Annual statistical returns and brief notes on vaccination in Bengal - 1887-1898
Year: 1887
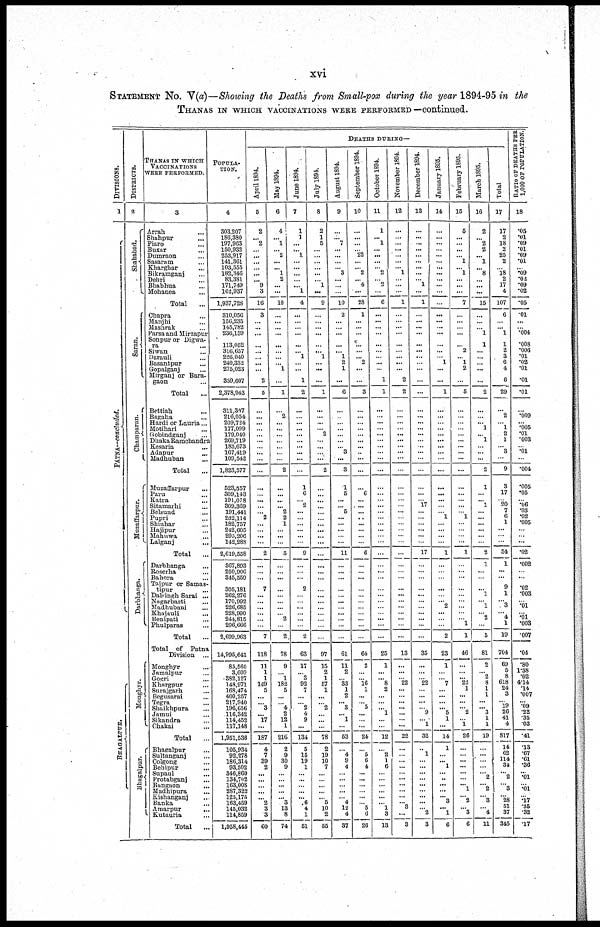
xvi
STATEMENT No. V(a)—Showing the Deaths from Small-pox during the year 1894-95 in the
THANAS IN WHICH VACCINATIONS WERE PERFORMED —continued.
DIVISIONS.
1
PATNA.—concluded.
BHAGALPUR.
DISTRICTS.
2
Shahabad.
Saran.
Champaran.
Muzaffarpur.
Darbhanga.
Monghyr.
Bhagalpur.
THANAS IN WHICH
VACCINATIONS
WERE PERFORMED.
3
Arrah ...
Shahpur ...
Piaro ...
Buxar ...
Dumraon ...
Sasaram ...
Kharghar ...
Bikramganj ...
Dehri ...
Bhabhua ...
Mohanea ...
Total ...
Chapra ...
Manjhi ...
Mashrak ...
Parsa and Mirzapur
Sonpur or Digwa-
ra ...
Sivan ...
Darauli ...
Basantpur ...
Gopalganj ...
Mirganj or Bara-
gaon ...
Total
...
Bettiah ...
Bagaha ...
Hardi or Lauria...
Motihari ...
Gobindganj ...
Dhaka Ramchandra
Kesaria ...
Adapur ...
Madhuban ...
Total
...
Muzaffarpur ...
Paru ...
Katra ...
Sitamarhi ...
Belsund ...
Pupri ...
Shiuhar ...
Hajipur ...
Mahuwa ...
Lalganj
...
Total
...
Darbhanga ...
Roserha ...
Bahera ...
Tajpur or Samas-
tipur ...
Dalsingh Sarai ...
Nagarbasti ...
Madhubani ...
Khajauli ...
Benipati ...
Phulparas ...
Total ...
Total of
Patna
Division
...
Monghyr ...
Jamalpur ...
Gogri ...
Khargpur ...
Surajgarh ...
Begusarai ...
Tegra
...
Shaikhpura ...
Jamui ...
Sikandra ...
Chakai ...
Total ...
Bhapalpur ...
Sultanganj ...
Colgong ...
Behipur ...
Supaul ...
Protabganj ...
Bangaon ...
Madhipura ...
Kishanganj ...
Banka ...
Amarpur
...
Kutauria ...
Total ...
POPULA-
-----
4
303,207
186,380
197,963
150,932
253,917
141,361
103,555
182,346
83,381
171,749
162,937
1,937,728
310,056
156,235
145,782
236,159
113,052
316,657
226,040
240,332
275,023
359,607
2,378,943
311,307
216,054
209,724
177,099
179,040
269,719
183,673
167,419
109,542
1,823,577
523,557
309,143
191,078
309,369
191,441
232,114
182,757
242,605
295,206
142,288
2,619,558
367,893
250,906
345,559
305,181
262,276
170,992
226,685
228,990
244,815
296,666
2,699,963
14,995,641
85,560
3,609
382,127
148,971
168,474
400,257
217,940
196,656
116,342
114,452
117,148
1,951,536
105,934
92,278
186,314
93,502
346,860
134,702
163,008
287,322
125,175
163,459
145,032
114,859
1,958,445
DEATHS DURING—
April 1894.
5
2
... 2
...
...
...
...
...
... 9
3
16
3
...
...
...
...
...
...
...
...
2
5
...
...
...
...
...
...
...
...
...
...
...
...
...
...
...
2
...
...
...
...
2
...
...
...
7
...
...
...
...
...
...
7
118
11
1
1
149
5
...
... 3
... 17
...
187
4
7
39
2
...
...
...
...
... 2
3
3
60
May 1894.
6
4
... 1
... 2
...
... 1
2
...
...
10
...
...
...
...
...
...
...
... 1
...
1
...
2
...
...
...
...
...
...
...
2
...
...
...
...
2
2
1
...
...
...
5
...
...
...
...
...
...
...
...
2
...
2
78
9
...
1
182
5
...
...
4
2
12
1
216
2
9
30
9
... ...
...
...
... 3
13
8
74
June 1894.
7
1
1
...
... 1
...
...
...
...
... 1
4
...
...
...
...
...
... 1
...
...
1
2
...
...
...
...
...
...
...
...
...
...
1
6
... 2
...
...
...
...
...
...
9
...
...
...
2
...
...
...
...
...
...
2
63
17
...
3
92
7
...
...
2
4
9
...
134
5
15
19
1
...
...
...
...
... 6
4
1
51
July 1894.
8
2
1
5
...
...
...
...
...
... 1
...
9
...
...
...
...
...
... 1
...
...
...
1
...
...
...
...
2
...
...
...
...
2
...
...
...
...
...
...
...
...
...
...
...
...
...
...
...
...
...
...
...
...
...
...
97
15
2
1
57
1
...
...
2
...
...
...
78
2
19
10
7
... ...
...
...
... 5
10
2
55
August 1894.
9
...
... 7
...
...
...
...
3
...
...
...
10
2
...
...
...
...
... 1
2
1
...
6
...
...
...
...
...
...
...
3
...
3
1
5
...
...
5
...
...
...
...
...
11
...
...
...
...
...
...
...
...
...
...
...
61
11
2
... 33
1
2
... 3
... 1
...
53
...
4
9
4
...
...
...
...
...
4
12
4
37
September 1894.
10
...
...
...
...
22
...
... 2
... 4
...
28
1
...
...
...
...
...
... 2
...
...
3
...
...
...
...
...
...
...
...
...
...
...
6
...
...
...
...
...
...
...
...
6
...
...
...
...
...
...
...
...
...
...
...
64
2
...
... 16
1
...
...
5
...
...
...
24
...
5
6
4
...
...
...
...
...
... 5
6
26
October 1894.
11
1
... 1
...
...
...
... 2
...
2
...
6
...
...
...
...
...
...
...
...
...
1
1
...
...
...
...
...
...
...
...
...
...
...
...
...
...
...
...
...
...
...
...
...
...
...
...
...
...
...
...
...
...
...
...
25
1
...
... 8
2
...
...
...
1
...
...
12
...
2
1
6
...
...
...
...
...
...
1
3
13
November 1894.
12
...
...
...
...
...
...
... 1
...
...
...
1
...
...
...
...
...
...
...
...
...
2
2
...
...
...
...
...
...
...
...
...
...
...
...
...
...
...
...
...
...
...
...
...
...
...
...
...
...
...
...
...
...
...
...
13
...
...
...
22
...
...
...
...
...
...
...
22
...
...
...
...
...
...
...
...
...
...
3
...
3
December 1894.
13
...
...
...
...
...
...
...
...
... 1
...
1
...
...
...
...
...
...
...
...
...
...
...
...
...
...
...
...
...
...
...
...
...
...
...
...
17
...
...
...
...
...
...
17
...
...
...
...
...
...
...
...
...
...
...
35
...
...
...
22
...
...
...
...
9
...
1
32
...
1
...
...
...
...
...
...
...
...
... 2
3
January 1895.
14
...
...
...
...
...
...
...
...
...
...
...
...
...
...
...
...
...
...
...
1
...
...
1
...
...
...
...
...
...
...
...
...
...
...
...
...
...
...
1
...
...
...
...
1
...
...
...
...
...
... 2
...
...
...
2
23
1
...
...
7
...
...
...
... 5
1
...
14
1
...
... 1
... ..
...
...
... 3
... 1
6
February 1895.
16
5
...
...
...
...
1
... 1
...
...
...
7
...
...
...
...
...
2
... 1
2
...
5
...
...
...
...
...
...
...
...
...
...
...
...
...
...
...
1
...
...
...
...
1
...
...
...
...
...
...
...
...
...
1
1
46
...
...
... 22
1
...
...
... 2
...
1
26
...
...
...
...
...
...
... 1
... 2
... 3
6
March 1895.
16
2
...
2
2
...
1
...
8
...
...
...
15
...
...
...
1
1
...
...
...
...
...
2
...
...
... 1
...
1
...
...
...
2
1
...
... 1
...
...
...
...
...
...
2
1
...
...
...
1
...
1
... 2
...
5
81
2
...
2
8
1
1
...
... 3
1
1
19
...
...
...
...
... 2
... 2
... 3
... 4
11
Total
17
17
2
18
2
25
2
...
18
2
17
4
107
6
...
... 1
1
2
3
6
4
6
29
...
2
...
1
2
1
...
3
...
9
3
17
...
20
7
6
1
...
...
...
54
1
...
...
9
1
...
3
...
4
1
19
704
69
5
8
618
24
8
... 19
26
41
4
817
14
62
114
34
... ...
... 3
...
28 51
37
345
RATIO OF DEATHS PER
1,000 OF POPULATION.
18
.05
.01
.09
.01
.09
.01
...
.09
.02
.09
.02
.05
.01
...
...
.004
.008
.006
.01
.02
.01
.01
.01
...
.009
... .005
.01
.003
...
.01
...
.004
.005
.05
...
.06
.03
.02
.005
...
...
...
.02
.002
...
...
.02
.003
...
.01
.01
.003
.007
.04
.80
1.38
.02
4.14
.14
.007
... .09
.22
.35
.03
.41
.13
.67
.61
.36
... .01
... .01
... .17
.35
.32
.17